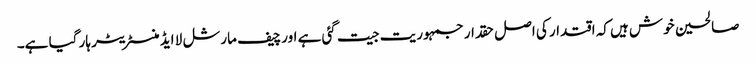
صالحین خوش ہیں کہ اقتدار کی اصل حقدار جمہوریت جیت گئی ہے اور چیف مارشل لا ایڈمنسٹریٹر ہار گیا ہے۔